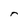
Character: r